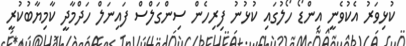
ކުޅިވަރު އެކުވެނީ އިންޑޯ ހޯލުގައި ކުޅުނު ފިރިހެން ސިންގަލްސް ފައިނަލް ހަދްމާދީ ކާމިޔާބުކުރީ